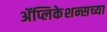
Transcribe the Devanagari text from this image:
ॲप्लिकेशन्सच्या